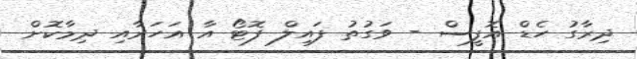
ދިރާގު ހެޑް އޮފީސް - ވަގުތު ފައިލް ފޮޓޯ އާ އަހަރާއި ދިމާކޮށް